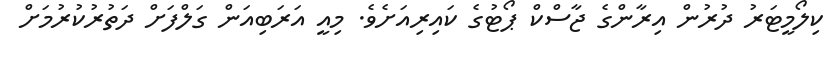
ކިލޯމީޓަރު ދުރުން އިރާންގެ ޖާސްކް ޕޯޓުގެ ކައިރިއަށެވެ. މިއީ އަރަބިއަން ގަލްފަށް ދަތުރުކުރުމަށް